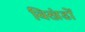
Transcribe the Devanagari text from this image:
विखंडों